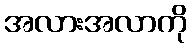
အလားအလာကို